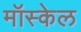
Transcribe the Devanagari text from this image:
मॉस्केल